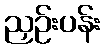
ညှဉ်းပန်း